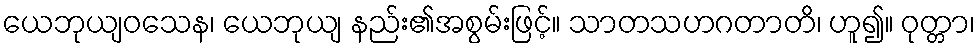
ယေဘုယျဝသေန၊ ယေဘုယျ နည်း၏အစွမ်းဖြင့်။ သာတသဟဂတာတိ၊ ဟူ၍။ ဝုတ္တာ၊